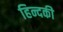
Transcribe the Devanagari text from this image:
हिन्दकी